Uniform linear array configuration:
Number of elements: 64
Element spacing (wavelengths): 1
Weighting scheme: exponential
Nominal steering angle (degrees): -45
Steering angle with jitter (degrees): -46.699
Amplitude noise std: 0.05
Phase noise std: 0.05

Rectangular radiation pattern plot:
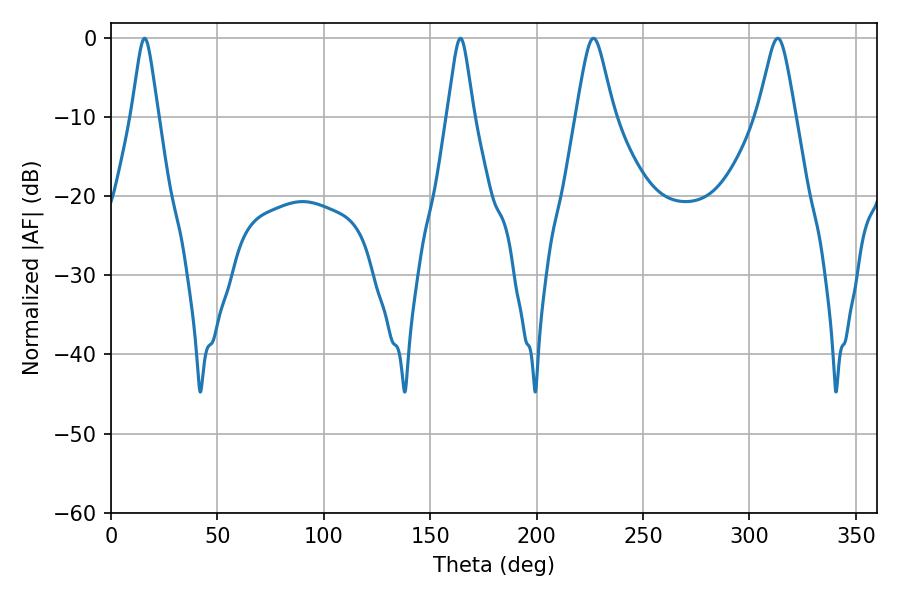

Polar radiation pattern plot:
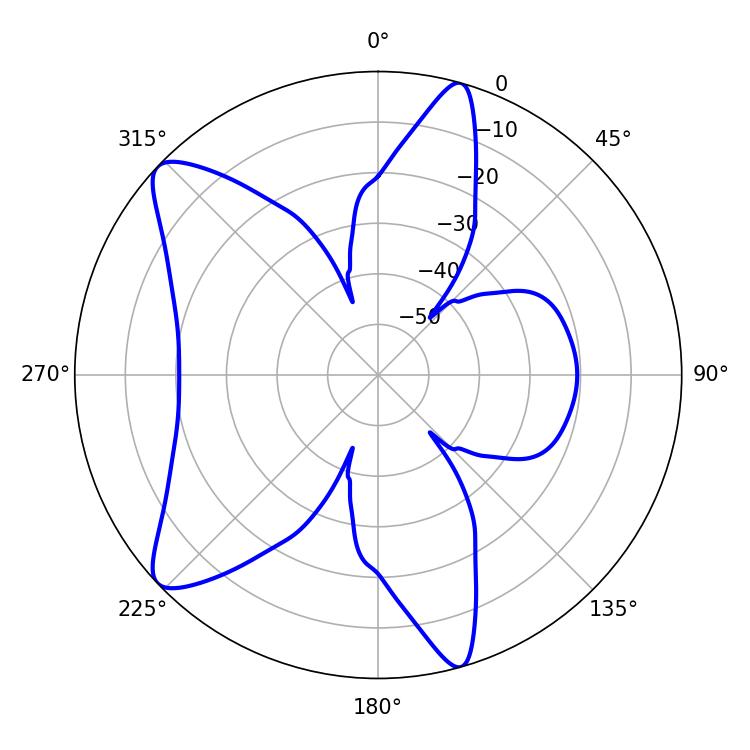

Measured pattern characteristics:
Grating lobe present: TRUE
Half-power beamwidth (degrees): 5.94
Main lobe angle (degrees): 15.84